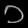
Digit: ၁